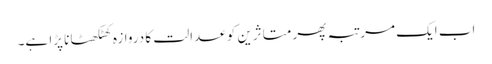
اب ایک مرتبہ پھر متاثرین کو عدالت کا دروازہ کھٹکھٹانا پڑا ہے۔